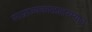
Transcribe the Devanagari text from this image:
साम्राज्यकाळादरम्यान